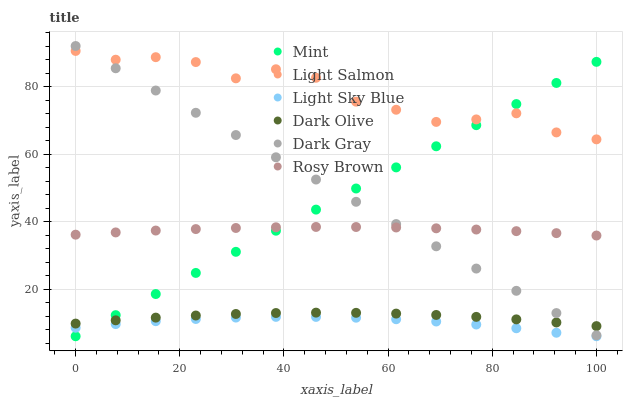
| xaxis_label | Mint | Light Salmon | Light Sky Blue | Dark Olive | Dark Gray | Rosy Brown |
 | --- | --- | --- | --- | --- | --- | --- |
 | 0 | 6 | 90.5 | 8.52 | 9.75 | 92 | 36.1 |
 | 7.69 | 12.3 | 87.9 | 9.6 | 10.7 | 85.4 | 36.8 |
 | 15.4 | 18.5 | 88.7 | 10.5 | 11.5 | 78.8 | 37.3 |
 | 23.1 | 24.8 | 87.2 | 11.1 | 12.1 | 72.2 | 37.8 |
 | 30.8 | 31 | 82.4 | 11.5 | 12.6 | 65.6 | 38.1 |
 | 38.5 | 37.3 | 85.1 | 11.7 | 12.9 | 59 | 38.3 |
 | 46.2 | 43.5 | 82.6 | 11.7 | 13 | 52.4 | 38.4 |
 | 53.8 | 49.8 | 75.5 | 11.5 | 12.9 | 45.8 | 38.4 |
 | 61.5 | 56 | 73.1 | 11 | 12.7 | 39.2 | 38.2 |
 | 69.2 | 62.3 | 69.5 | 10.4 | 12.3 | 32.7 | 38 |
 | 76.9 | 68.5 | 70.3 | 9.48 | 11.7 | 26.1 | 37.6 |
 | 84.6 | 74.8 | 72.1 | 8.37 | 11 | 19.5 | 37.1 |
 | 92.3 | 81.1 | 66.4 | 7.04 | 10.1 | 12.9 | 36.6 |
 | 100 | 87.3 | 64.3 | 6 | 9 | 6.27 | 35.8 |